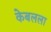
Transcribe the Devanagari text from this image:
केबलला